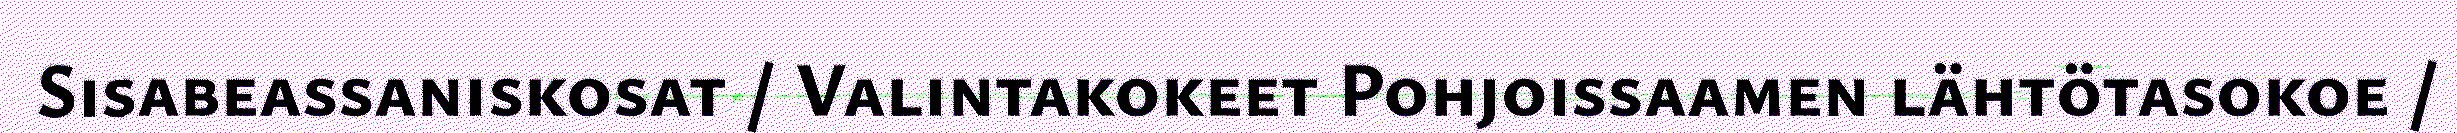
Sisabeassaniskosat / Valintakokeet Pohjoissaamen lähtötasokoe /